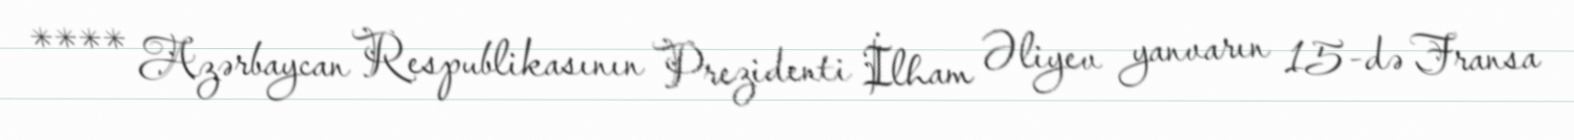
**** Azərbaycan Respublikasının Prezidenti İlham Əliyev yanvarın 15-də Fransa